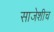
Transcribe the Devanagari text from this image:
साजेशीच